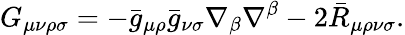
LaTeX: G_{\mu\nu\rho\sigma}=-\bar{g}_{\mu\rho}\bar{g}_{\nu\sigma}\nabla_{\beta}\nabla^{\beta}-2\bar{R}_{\mu\rho\nu\sigma}.